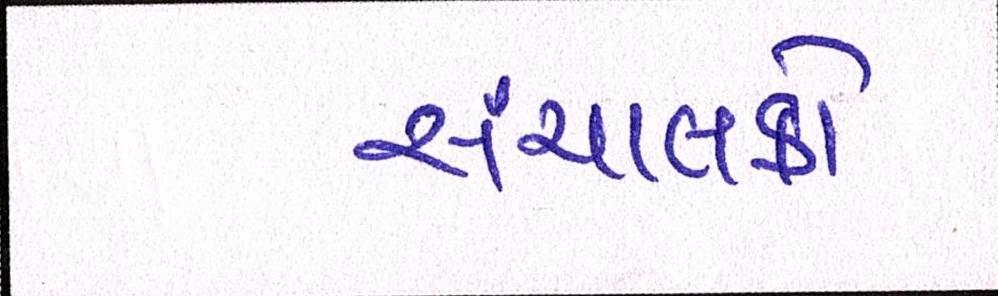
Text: સંચાલકો